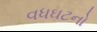
વધઘટનો